Annual report on the working of the lock hospitals in the North-Western Provinces and Oudh
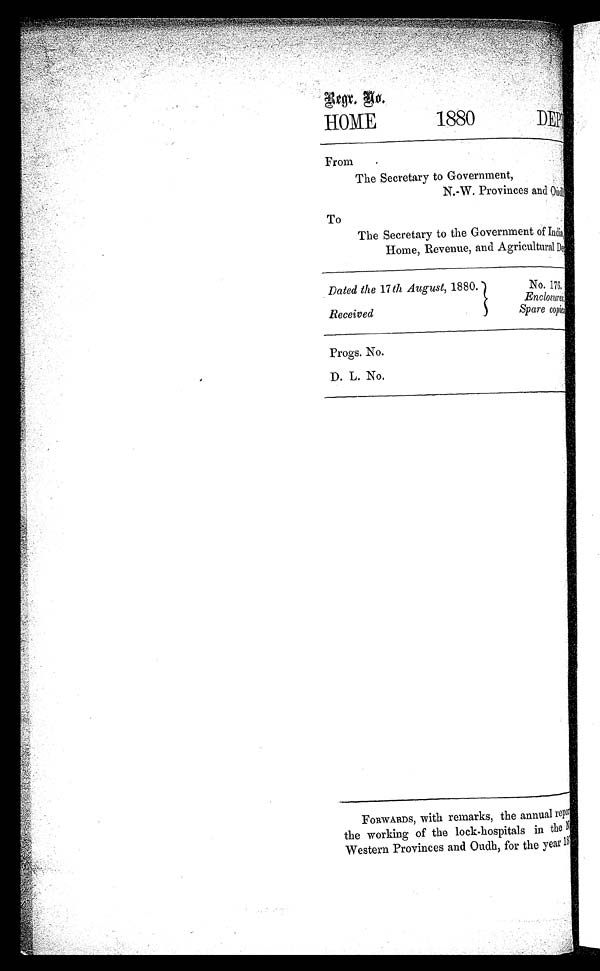
Regx. Do.
HOME
1880
DEP
From
The Secretary to Government,
N. W. Provinces and Oudin
To
The Secretary to the Government of India,
Home, Revenue, and Agricultural Dep
Dated the 17th th August, 1880.
Received
Progs. No.
D. L. No.
No. 176.
Enclosures,
Spare copies
FORWARDS, with resmarks, the annual repo
the working of the lock-hospitals in the
Western Provinces and Oudh, for the year 187